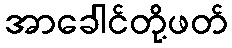
အာခေါင်တို့ဖတ်